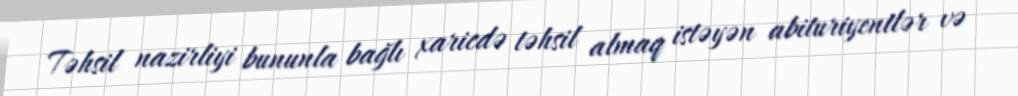
Təhsil nazirliyi bununla bağlı xaricdə təhsil almaq istəyən abituriyentlər və